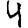
Digit: 4